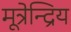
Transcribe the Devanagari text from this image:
मूत्रेन्द्रिय